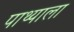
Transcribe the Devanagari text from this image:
पाथ्याला